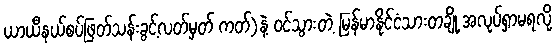
ယာယီနယ်စပ်ဖြတ်သန်းခွင့်လတ်မှတ် ကတ်)နဲ့ ဝင်သွားတဲ့ မြန်မာနိုင်ငံသားတချို့ အလုပ်ရှာမရလို့